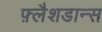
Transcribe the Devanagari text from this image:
फ़्लैशडान्स